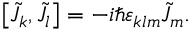
\left[ { \tilde { J } } _ { k } , { \tilde { J } } _ { l } \right] = - i \hbar \varepsilon _ { k l m } { \tilde { J } } _ { m } .